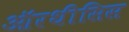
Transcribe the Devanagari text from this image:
ऑरथीसिस